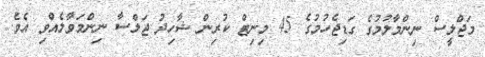
މަޖްލީސް ނިންމާލުމުގެ ގަޑިޖެހުމުގެ 45 މިނިޓް ކުރިން ޝާހިދު ޖަލްސާ ނިންމަވާލެއްވި އެވެ.